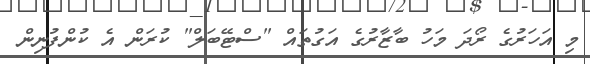
މި އަހަރުގެ ރޯދަ މަހު ބާޒާރުގެ އަގުތައް "ސްޓޭބަލް" ކުރަން އެ ކުންފުނިން